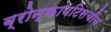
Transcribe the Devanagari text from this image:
ब्रोन्कायटिसचीच